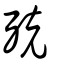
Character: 殑